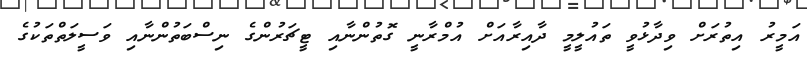
އަމީރު އިތުރަށް ވިދާޅުވީ ތައުލީމީ ދާއިރާއަށް އުމްރާނީ ގޮތުންނާއި ޓީޗަރުންގެ ނިސްބަތުންނާއި ވަސީލަތްތަކުގެ